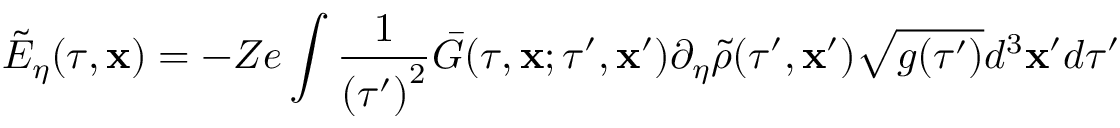
\tilde { E } _ { \eta } ( \tau , \mathbf { x } ) = - Z e \int \frac { 1 } { { ( \tau ^ { \prime } ) } ^ { 2 } } \bar { G } ( \tau , \mathbf { x } ; \tau ^ { \prime } , \mathbf { x } ^ { \prime } ) \partial _ { \eta } \tilde { \rho } ( \tau ^ { \prime } , \mathbf { x } ^ { \prime } ) \sqrt { g ( \tau ^ { \prime } ) } d ^ { 3 } \mathbf { x } ^ { \prime } d \tau ^ { \prime }